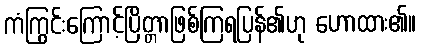
ကံကြွင်းကြောင့်ပြိတ္တာဖြစ်ကြရပြန်၏ဟု ဟောထား၏။